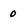
Character: 0